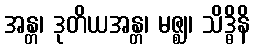
အန္တ၊ ဒုတိယအန္တ၊ မဇ္ဈ၊ သိဒ္ဓိနိ